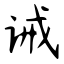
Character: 诫